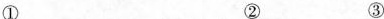
① ② ③